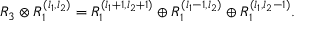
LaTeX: R _ { 3 } \otimes R _ { 1 } ^ { ( l _ { 1 } , l _ { 2 } ) } = R _ { 1 } ^ { ( l _ { 1 } + 1 , l _ { 2 } + 1 ) } \oplus R _ { 1 } ^ { ( l _ { 1 } - 1 , l _ { 2 } ) } \oplus R _ { 1 } ^ { ( l _ { 1 } , l _ { 2 } - 1 ) } .